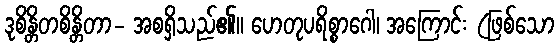
ဒုစိန္တိတစိန္တိတာ- အစရှိသည်၏။ ဟေတုပရိစ္စာဂေါ၊ အကြောင်း (ဖြစ်သော